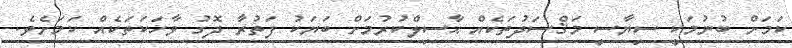
ކަމަށް ބުނުމަކީ ސިޔާސީ މަޤްސަދުތަކެއް ޙާސިލްކުރުމަށް ބަޔަކު ފަތުރާ ދޮގު ވާހަކަތަކެއް ކަމަށެވެ.